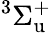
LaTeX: ^3\Sigma_{\mathrm{u}}^{+}